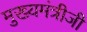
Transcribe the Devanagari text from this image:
मुख्यमंत्रीजी